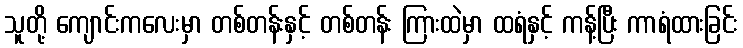
သူတို့ ကျောင်းကလေးမှာ တစ်တန်းနှင့် တစ်တန်း ကြားထဲမှာ ထရံနှင့် ကန့်ပြီး ကာရံထားခြင်း